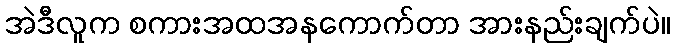
အဲဒီလူက စကားအထအနကောက်တာ အားနည်းချက်ပဲ။